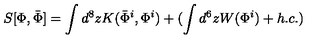
S [ \Phi , \bar { \Phi } ] = \int d ^ { 8 } z K ( \bar { \Phi } ^ { i } , \Phi ^ { i } ) + ( \int d ^ { 6 } z W ( \Phi ^ { i } ) + h . c . )